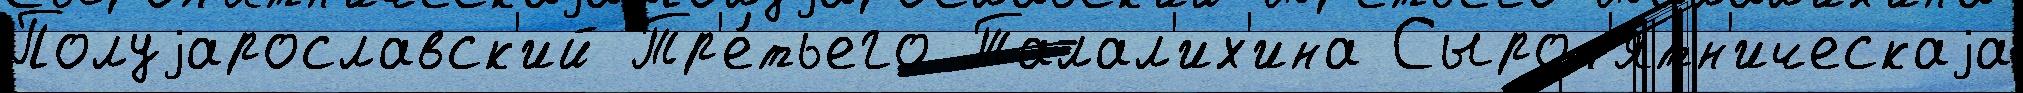
Полуjарославск'ий Тр'е́тьего Талал'их'ина Сыром'ятн'ическаjа